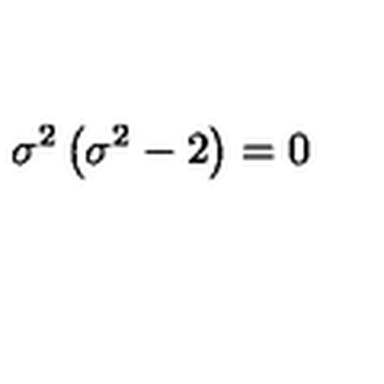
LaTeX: \sigma ^ { 2 } \left( \sigma ^ { 2 } - 2 \right) = 0